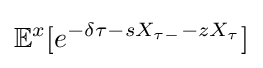
\mathbb {E} ^{x}[e^{-\delta \tau -sX_{\tau -}-zX_{\tau }}]